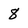
Character: 8